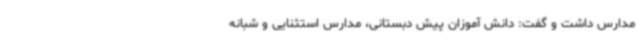
مدارس داشت و گفت: دانش آموزان پیش دبستانی، مدارس استثنایی و شبانه